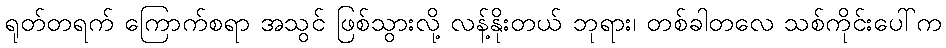
ရုတ်တရက် ကြောက်စရာ အသွင် ဖြစ်သွားလို့ လန့်နိုးတယ် ဘုရား၊ တစ်ခါတလေ သစ်ကိုင်းပေါ်က